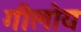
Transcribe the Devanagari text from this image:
गीलोय